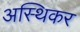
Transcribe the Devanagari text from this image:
अस्थिकर